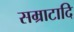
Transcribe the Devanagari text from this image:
सम्राटादि